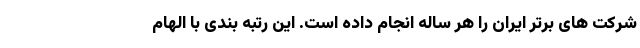
شرکت های برتر ایران را هر ساله انجام داده است. این رتبه بندی با الهام